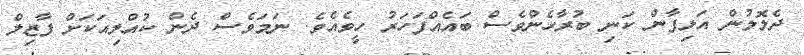
ދެލޮލުން އަލިފާން ކަނި ބުރާހެންވެސް ބައެއްފަހަރު ހީވެއެވެ. ނަމަވެސް ދެން ކުއްލިއަކަށް ފާޒިލް